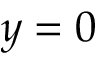
y = 0